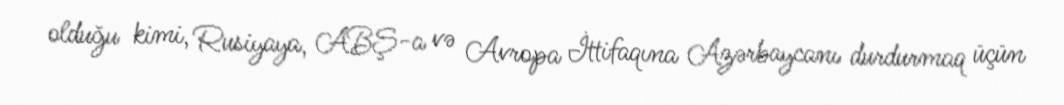
olduğu kimi, Rusiyaya, ABŞ-a və Avropa İttifaqına Azərbaycanı durdurmaq üçün